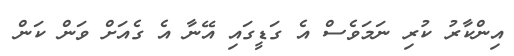
އިންކާރު ކުރި ނަމަވެސް އެ ގަޑީގައި އޭނާ އެ ގެއަށް ވަން ކަން